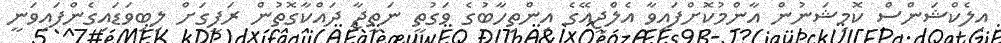
އިލެކްޝަންސް ކޮމިޝަނުން އާންމުކޮށްފައިވާ އެލްޖީއޭގެ އިންތިހާބުގެ ވަގުތީ ނަތީޖާ ދައްކާގޮތުން ރަފީގަށް ލިބިވަޑައިގެންފައިވަނީ